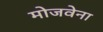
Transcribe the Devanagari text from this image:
मोजवेना